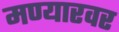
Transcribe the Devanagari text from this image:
मण्यारवर